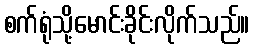
စက်ရုံသို့မောင်းခိုင်းလိုက်သည်။